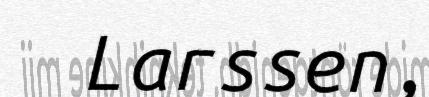
Larssen,